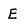
Character: E